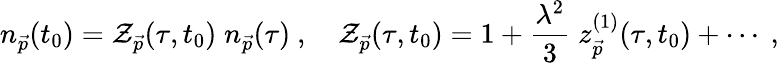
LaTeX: n_{\vec{p}}(t_{0})={\cal Z}_{\vec{p}}(\tau,t_{0})\; n_{\vec{p}}(\tau)~,\quad{\cal Z}_{\vec{p}}(\tau,t_{0})=1+\frac{\lambda^{2}}{3}\; z_{\vec{p}}^{(1)}(\tau,t_{0})+\cdots~,